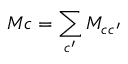
{ M } _ { } { c } = \sum _ { c ^ { \prime } } { M } _ { c c ^ { \prime } }